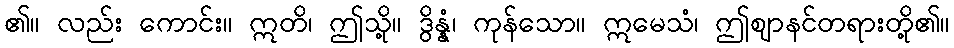
၏။ လည်း ကောင်း။ ဣတိ၊ ဤသို့။ ဒွိန္နံ၊ ကုန်သော။ ဣမေသံ၊ ဤဈာနင်တရားတို့၏။